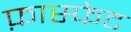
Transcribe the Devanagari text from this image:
फ़ास्फेट